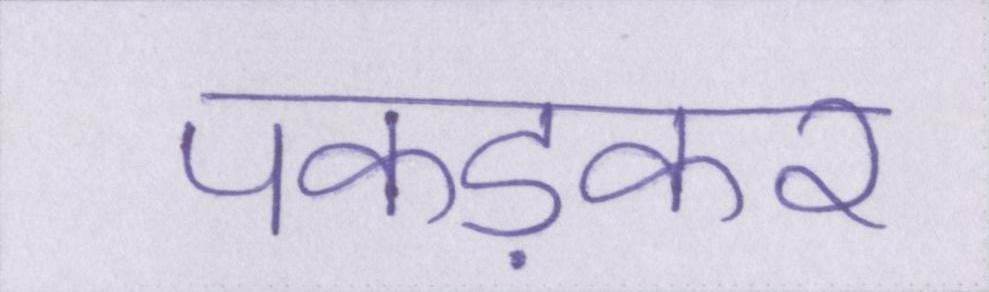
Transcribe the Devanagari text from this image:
पकड़कर